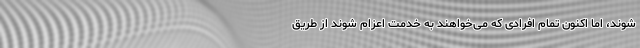
شوند، اما اکنون تمام افرادی که می‌خواهند به خدمت اعزام شوند از طریق